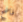
فاضح